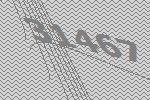
31467